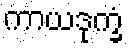
ကာယဒုက္ခံ